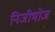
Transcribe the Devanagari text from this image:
निजीभोज